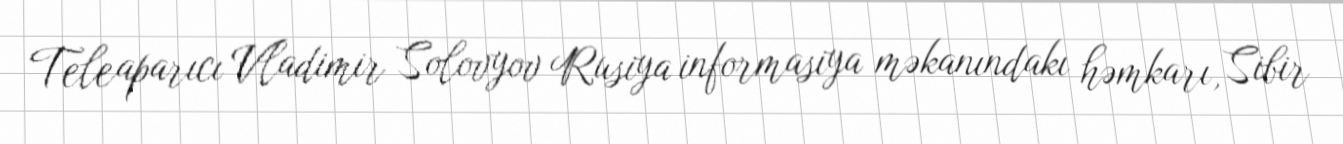
Teleaparıcı Vladimir Solovyov Rusiya informasiya məkanındakı həmkarı, Sibir